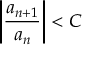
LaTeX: \left\vert { \frac { a _ { n + 1 } } { a _ { n } } } \right\vert < C